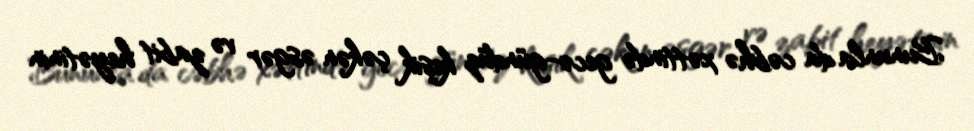
Bununla da cəbhə xəttində gecə-gündüz keşik çəkən əsgər və zabit heyətinin